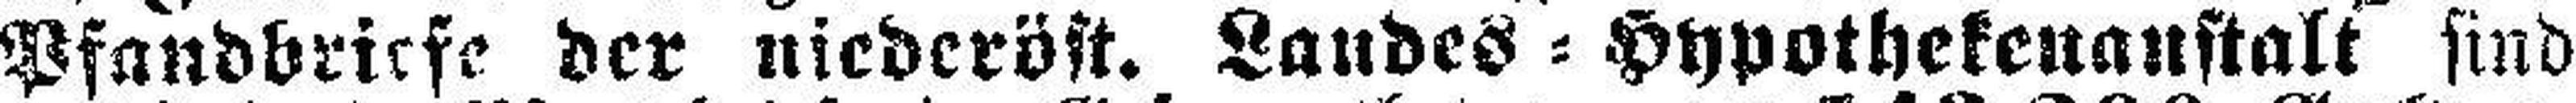
Pfandbriefe der niederöst. Landes=Hypothekenanstalt sind